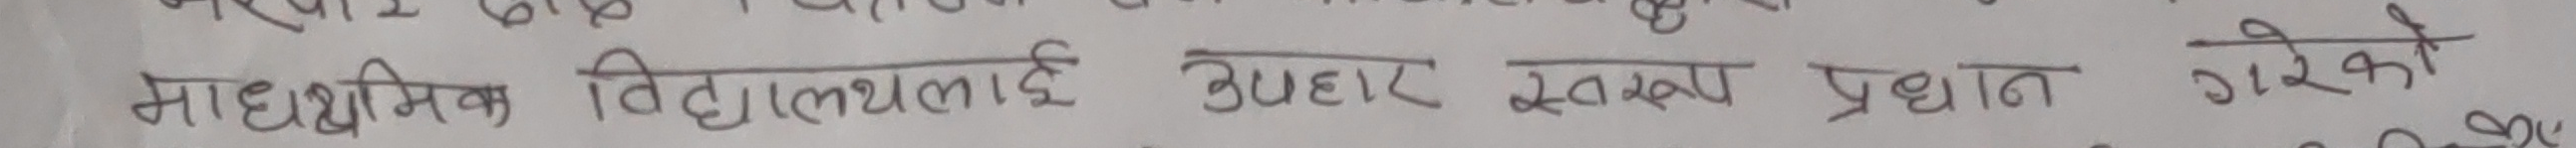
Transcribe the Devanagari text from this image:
माध्यमिक विद्यालयलाई उपहार स्वरुप प्रदान गरेको